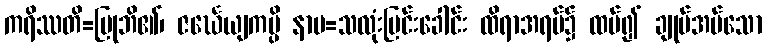
ကရိဿတိ=ပြုဘိ၏၊ ဇင်္ဃေယျကမ္ပိ နာမ=သလုံးမြင်းခေါင်း ထိရာအရပ်၌ ထပ်၍ ချုပ်အပ်သော